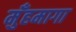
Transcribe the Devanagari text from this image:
मुँहमागा